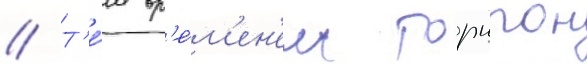
// Т'е́м вр'е́м'ен'ем торнтон